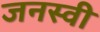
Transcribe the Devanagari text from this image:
जनस्वी